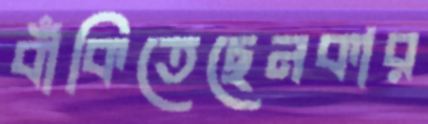
বাঁকিতেছেনকার